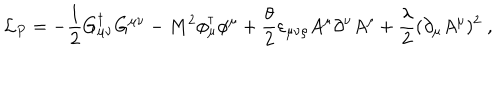
{ \cal L } _ { P } = - \frac 1 2 G _ { \mu \nu } ^ { \dagger } G ^ { \mu \nu } - M ^ { 2 } \phi _ { \mu } ^ { \dagger } \phi ^ { \mu } + \frac { \theta } { 2 } \varepsilon _ { \mu \nu \rho } A ^ { \mu } \partial ^ { \nu } A ^ { \rho } + \frac { \lambda } { 2 } ( \partial _ { \mu } A ^ { \mu } ) ^ { 2 } \; ,